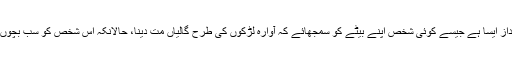
اللہ تعالیٰ کے سمجھانے کا انداز ایسا ہے جیسے کوئی شخص اپنے بیٹے کو سمجھائے کہ آوارہ لڑکوں کی طرح گالیاں مت دینا، حالانکہ اُس شخص کو سب بچوں کا گالیاں دینا ناپسند ہوتا ہے۔